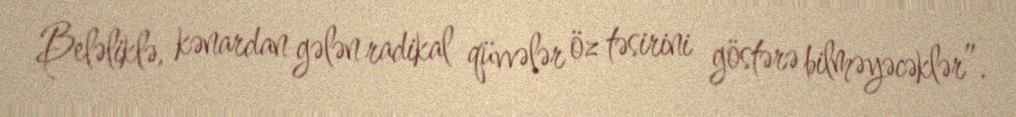
Beləliklə, kənardan gələn radikal qüvvələr öz təsirini göstərə bilməyəcəklər”.